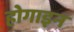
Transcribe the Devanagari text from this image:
होगाइन